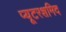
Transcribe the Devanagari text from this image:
प्यूटरशमिद